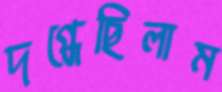
দগ্ধেছিলাম